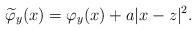
LaTeX: \begin{align*}\widetilde{\varphi}_y(x)=\varphi_y(x)+a|x-z|^2.\end{align*}